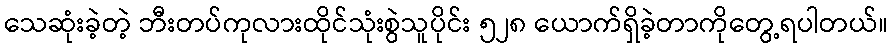
သေဆုံးခဲ့တဲ့ ဘီးတပ်ကုလားထိုင်သုံးစွဲသူပိုင်း ၅၂၈ ယောက်ရှိခဲ့တာကိုတွေ့ရပါတယ်။